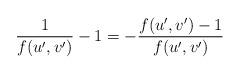
LaTeX: \begin{align*}\frac 1 {f(u',v')}-1= - \frac {f(u',v')-1} {f(u',v')}\end{align*}